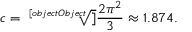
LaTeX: c = { \sqrt [ [object Object] ] { \frac { 2 \pi ^ { 2 } } { 3 } } } \approx 1 . 8 7 4 .